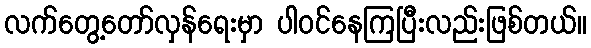
လက်တွေ့တော်လှန်ရေးမှာ ပါဝင်နေကြပြီးလည်းဖြစ်တယ်။